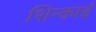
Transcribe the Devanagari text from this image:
शिन्काई